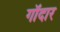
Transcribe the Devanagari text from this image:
गॉदार